Medical and sanitary report of the native army of Madras for the year
Year: 1876
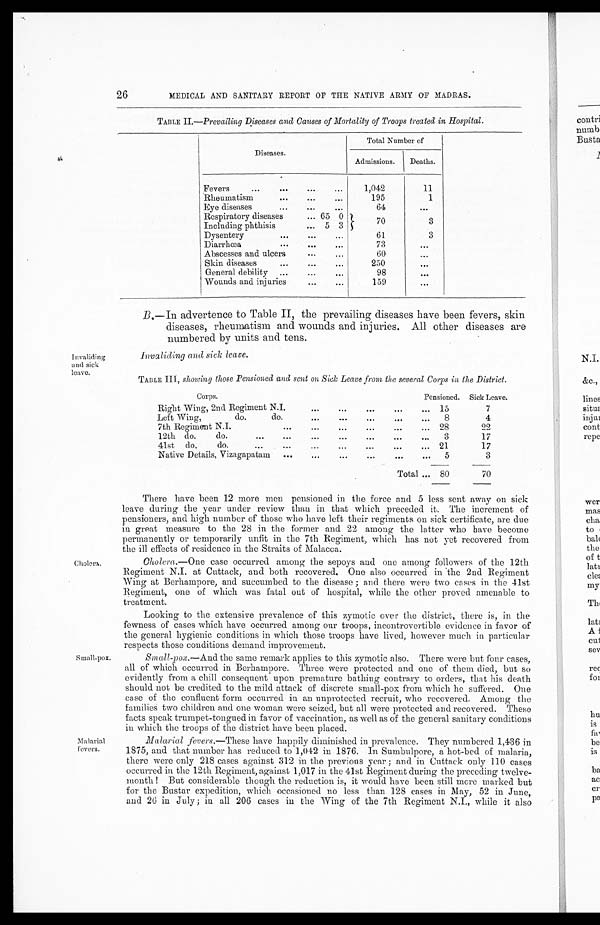
26
MEDICAL AND SANITARY REPORT OF THE NATIVE ARMY OF MADRAS.
TABLE II.—Prevailing Diseases and Causes of Mortality of Troops treated in Hospital.
Diseases.
Total Number of
Admissions.
Deaths.
Fevers
...
. . .
. . .
. . .
1,042
11
Rheumatism
. . .
. . . . . .
195
1
Eye diseases
. . .
. . . . . .
64
...
Respiratory diseases
... 65 0
Including phthisis
... 5 3
70
3
Dysentery
...
. . .
...
61
3
Diarrhœa
. . . . . . . . .
73
...
Abscesses and ulcers
. . .
...
60
...
Skin diseases
. . .
. . . . . .
250
...
General debility
. . .
...
98
. . .
Wounds and injuries
. . . ...
. . .
Invaliding
and sick
leave.
Cholera.
Small-pox.
Malarial
fevers.
B. —In advertence to Table II, the prevailing diseases have been fevers, skin
diseases, rheumatism and wounds and injuries. All other diseases are
numbered by units and tens.
Invaliding and sick leave.
TABLE III, showing those Pensioned and sent on Sick Leave from the several Corps in the District.
Corps.
Pensioned. Sick Leave.
Right Wing, 2nd Regiment N.1
. . .
. . .
. . .
. . .
. . . 15
7
Left Wing,
do.
do.
. . . . . .
. . . . . .
. . . 8
4
7th Regiment N.I.
. . .
. . .
. . .
...
...
... 28
2 2
12th do.
do.
...
. . .
...
...
. . . . . .
. . . 3
17
41st do.
do.
...
. . .
...
...
...
...
... 21
17
Native Details, Vizagapatam
...
...
...
...
. . . . . . 5
3
Total ... 80
70
There have been 12 more men pensioned in the force and 5 less sent away on sick
leave during the year under review than in that which preceded it. The increment of
pensioners, and high number of those who have left their regiments on sick certificate, are due
in great measure to the 28 in the former and 22 among the latter who have become
permanently or temporarily unfit in the 7th Regiment, which has not yet recovered from
the ill effects of residence in the Straits of Malacca.
Cholera .—One case occurred among the sepoys and one among followers of the 12th
Regiment N.I. at Cuttack, and both recovered. One also occurred in the 2nd Regiment
Wing at Berhampore, and succumbed to the disease ; and there were two cases in the 41st
Regiment, one of which was fatal out of hospital, while the other proved amenable to
treatment.
Looking to the extensive prevalence of this zymotic over the district, there is, in the
fewness of cases which have occurred among our troops, incontrovertible evidence in favor of
the general hygienic conditions in which those troops have lived, however much in particular
respects those conditions demand improvement.
Small-pox .—And the same remark applies to this zymotic also. There were but four cases,
all of which occurred in Berhampore. Three were protected and one of them died, but so
evidently from a chill consequent upon premature bathing contrary to orders, that his death
should not be credited to the mild attack of discrete small-pox from which he suffered. One
case of the confluent form occurred in an unprotected recruit, who recovered. Among the
families two children and one woman were seized, but all were protected and recovered. These
facts speak trumpet-tongued in favor of vaccination, as well as of the general sanitary conditions
in which the troops of the district have been placed.
Malarial fevers.—These have happily diminished in prevalence. They numbered 1,436 in
1875, and that number has reduced to 1,042 in 1876. In Sumbulpore, a hot-bed of malaria,
there were only 218 cases against 312 in the previous year ; and in Cuttack only 110 cases
occurred in the 12th Regiment, against 1,017 in the 41st Regiment during the preceding twelve--
month ! But considerable though the reduction is, it would have been still more marked but
for the Bustar expedition, which occasioned no less than 128 cases in May, 52 in Jnne,
and 26 in July; in all 206 cases in the Wing of the 7th Regiment N.I., while it also